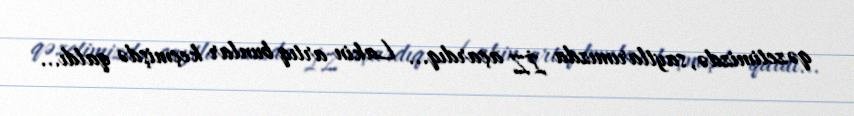
qəzetimizdə, saytlarımızda İZ açardıq... Lakin artıq bunlar keçmişdə qaldı...